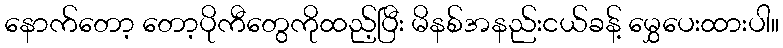
နောက်တော့ တော့ပိုကီတွေကိုထည့်ပြီး မိနစ်အနည်းငယ်ခန့် မွှေပေးထားပါ။